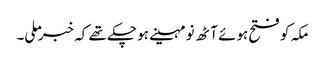
مکہ کو فتح ہوئے آٹھ نو مہینے ہو چکے تھے کہ خبر ملی۔